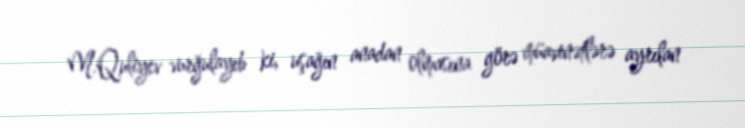
M.Quliyev vurğulayıb ki, uşağın anadan olmasına görə müavinətlərə ayrılan